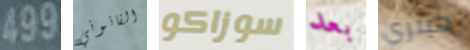
499 القانوني سوزاكو بعد هينري